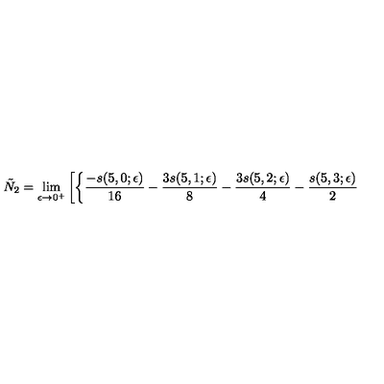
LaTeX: \tilde { N } _ { 2 } = \lim _ { \epsilon \rightarrow 0 ^ { + } } \left[ \left\{ { \frac { - s ( 5 , 0 ; \epsilon ) } { 1 6 } } - { \frac { 3 s ( 5 , 1 ; \epsilon ) } { 8 } } - { \frac { 3 s ( 5 , 2 ; \epsilon ) } { 4 } } - { \frac { s ( 5 , 3 ; \epsilon ) } { 2 } } \right. \right.